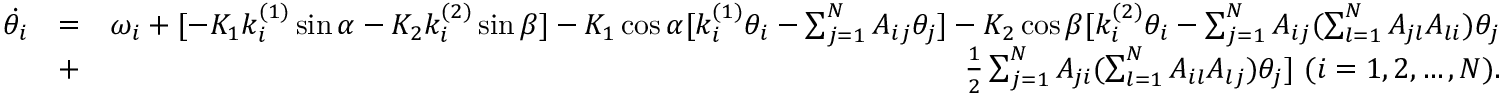
\begin{array} { r l r } { \dot { \theta _ { i } } } & { = } & { \omega _ { i } + [ - K _ { 1 } k _ { i } ^ { ( 1 ) } \sin \alpha - K _ { 2 } k _ { i } ^ { ( 2 ) } \sin \beta ] - K _ { 1 } \cos \alpha [ k _ { i } ^ { ( 1 ) } \theta _ { i } - \sum _ { j = 1 } ^ { N } A _ { i j } \theta _ { j } ] - K _ { 2 } \cos \beta [ k _ { i } ^ { ( 2 ) } \theta _ { i } - \sum _ { j = 1 } ^ { N } A _ { i j } ( \sum _ { l = 1 } ^ { N } A _ { j l } A _ { l i } ) \theta _ { j } } \\ & { + } & { \frac { 1 } { 2 } \sum _ { j = 1 } ^ { N } A _ { j i } ( \sum _ { l = 1 } ^ { N } A _ { i l } A _ { l j } ) \theta _ { j } ] ~ ( i = 1 , 2 , \dots , N ) . } \end{array}